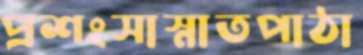
প্রশংসাস্নাতপাঠা